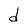
Character: d